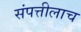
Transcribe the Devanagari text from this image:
संपत्तीलाच